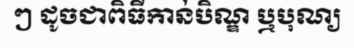
ៗ ដូចជាពិធីកាន់បិណ្ឌ ឬបុណ្យ